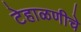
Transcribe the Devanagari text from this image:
टेहाळणीचे